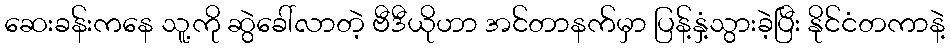
ဆေးခန်းကနေ သူ့ကို ဆွဲခေါ်လာတဲ့ ဗီဒီယိုဟာ အင်တာနက်မှာ ပြန့်နှံ့သွားခဲ့ပြီး နိုင်ငံတကာနဲ့